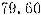
79.60